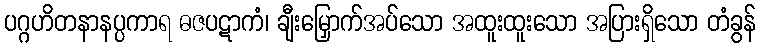
ပဂ္ဂဟိတနာနပ္ပကာရ ဓဇပဋာကံ၊ ချီးမြှောက်အပ်သော အထူးထူးသော အပြားရှိသော တံခွန်